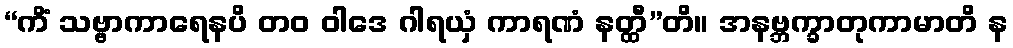
“ကိံ သဗ္ဗာကာရေနပိ တဝ ဝါဒေ ဂါရယှံ ကာရဏံ နတ္ထီ”တိ။ အနဗ္ဘက္ခာတုကာမာတိ န